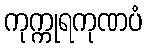
ကုက္ကုရကုဏပံ